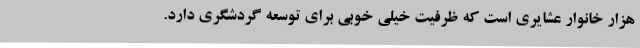
هزار خانوار عشایری است که ظرفیت خیلی خوبی برای توسعه گردشگری دارد.